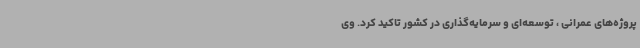
پروژه‌های عمرانی ، توسعه‌ای و سرمایه‌گذاری در کشور تاکید کرد. وی